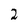
Character: 2